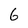
Character: 6